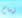
زمام